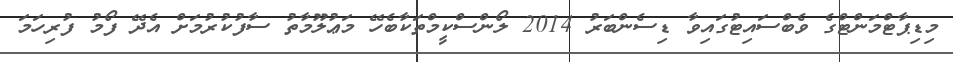
މިޑިޕާޓްމަންޓްގެ ވެބްސައިޓުގައިވާ ޑިސެންބަރު 2014 ލޯންސްކީމްތަކާބެހޭ މަޢުލޫމާތު ސާފުކުރުމަށް އެދޭ ފޯމު ފުރިހަމަ